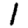
Digit: 1